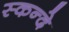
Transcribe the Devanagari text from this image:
स्कन्दे